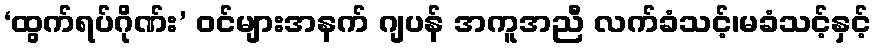
‘ထွက်ရပ်ဂိုဏ်း’ ဝင်များအနက် ဂျပန် အကူအညီ လက်ခံသင့်၊မခံသင့်နှင့်